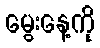
မွေးနေ့ကို